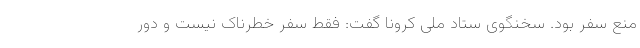
منع سفر بود. سخنگوی ستاد ملی کرونا گفت: فقط سفر خطرناک نیست و دور